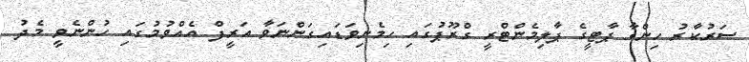
ސަރުކާރު ހިންގާ ޕާޓީގެ ޕާލިމެންޓްރީ ގްރޫޕުގައި ހިމެނިވަޑައިގަންނަވާ އަރީފް އެއްވުމުގައި ހުންނެވީ މެދު